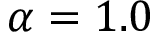
\alpha = 1 . 0